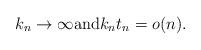
LaTeX: \begin{align*}k_n\to\infty\mbox{and} k_n t_n = o(n).\end{align*}